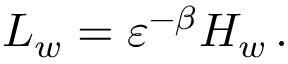
\begin{array} { r } { L _ { w } = { \varepsilon } ^ { - \beta } H _ { w } \, . } \end{array}